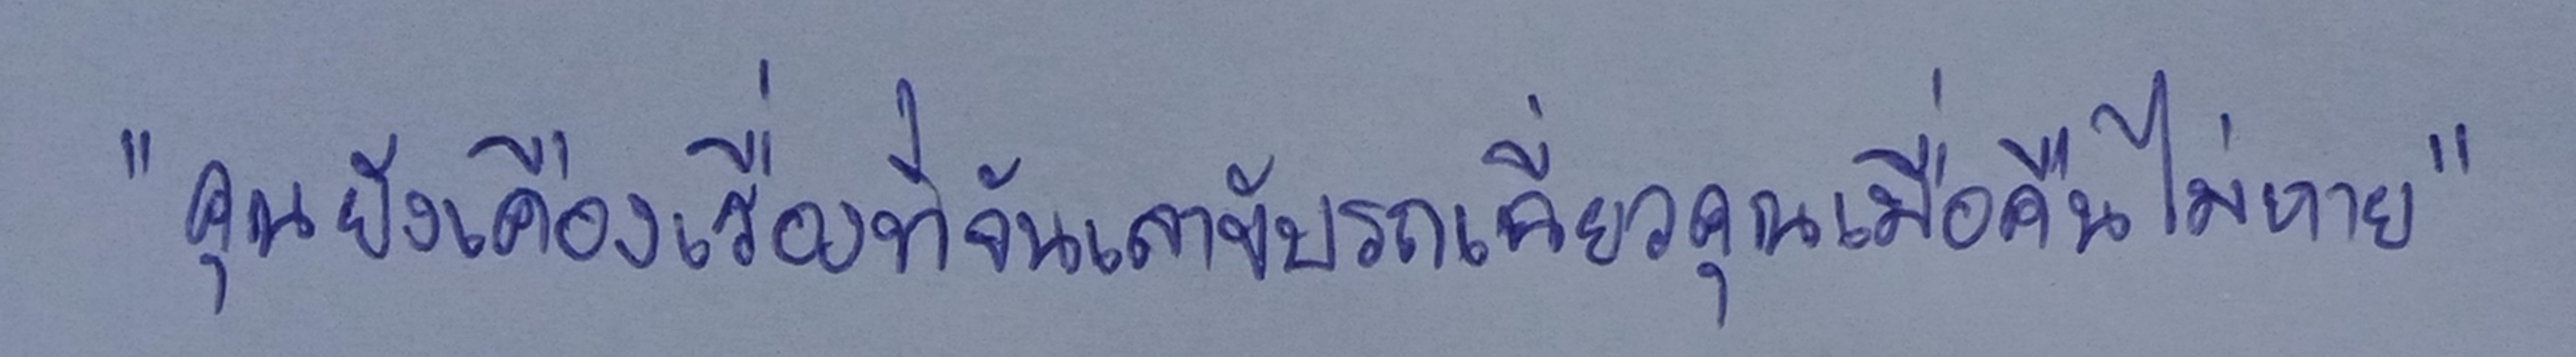
"คุณยังเคืองเรื่องที่จันเลาขับรถเฉี่ยวคุณเมื่อคืนไม่หาย"